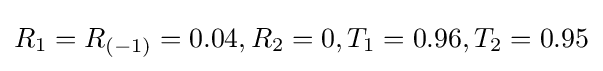
R_{1}=R_{(-1)}=0.04,R_{2}=0,T_{1}=0.96,T_{2}=0.95